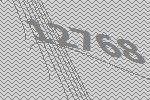
12768